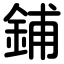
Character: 鋪